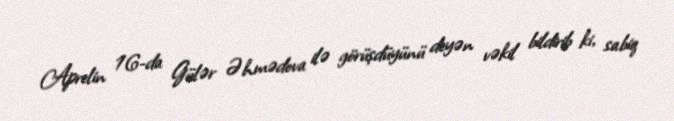
Aprelin 16-da Gülər Əhmədova ilə görüşdüyünü deyən vəkil bildirib ki, sabiq